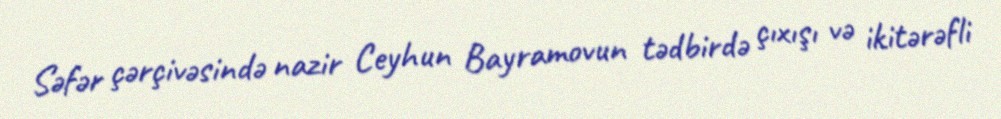
Səfər çərçivəsində nazir Ceyhun Bayramovun tədbirdə çıxışı və ikitərəfli